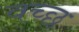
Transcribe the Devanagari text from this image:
वच्छ